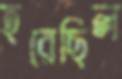
হরেছিল